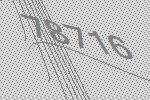
78716